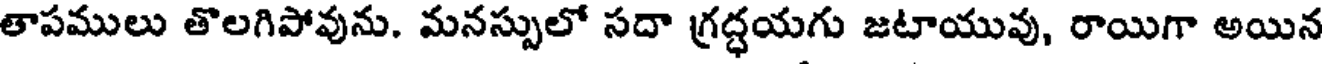
తాపములు తొలగిపోవును. మనస్సులో సదా గ్రద్ధయగు జటాయువు, రాయిగా అయిన